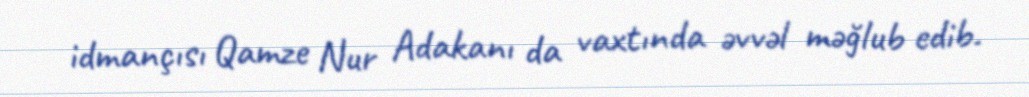
idmançısı Qamze Nur Adakanı da vaxtında əvvəl məğlub edib.